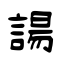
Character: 諹